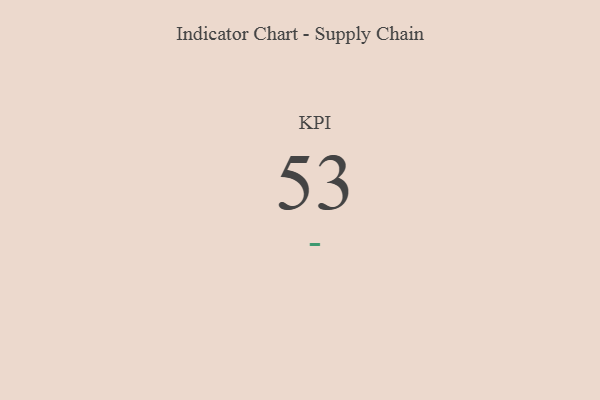
{"axis": {"x": "KPI", "y": "Value"}, "legend": [""], "data": [{"x": "KPI", "y": 53, "type": ""}]}